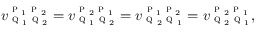
v _ { \textsc { q } _ { 1 } \textsc { q } _ { 2 } } ^ { \textsc { p } _ { 1 } \textsc { p } _ { 2 } } = v _ { \textsc { q } _ { 1 } \textsc { q } _ { 2 } } ^ { \textsc { p } _ { 2 } \textsc { p } _ { 1 } } = v _ { \textsc { q } _ { 2 } \textsc { q } _ { 1 } } ^ { \textsc { p } _ { 1 } \textsc { p } _ { 2 } } = v _ { \textsc { q } _ { 2 } \textsc { q } _ { 1 } } ^ { \textsc { p } _ { 2 } \textsc { p } _ { 1 } } ,